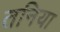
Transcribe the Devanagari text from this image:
तनिया